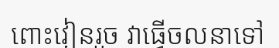
ពោះវៀនរួច វាធ្វើចលនាទៅ